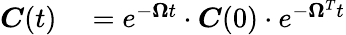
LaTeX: \begin{array}{rl}{\boldsymbol{C}(t)}&{{}=e^{-\boldsymbol{\Omega}t}\cdot\boldsymbol{C}(0)\cdot e^{-\boldsymbol{\Omega}^{T}t}}\end{array}